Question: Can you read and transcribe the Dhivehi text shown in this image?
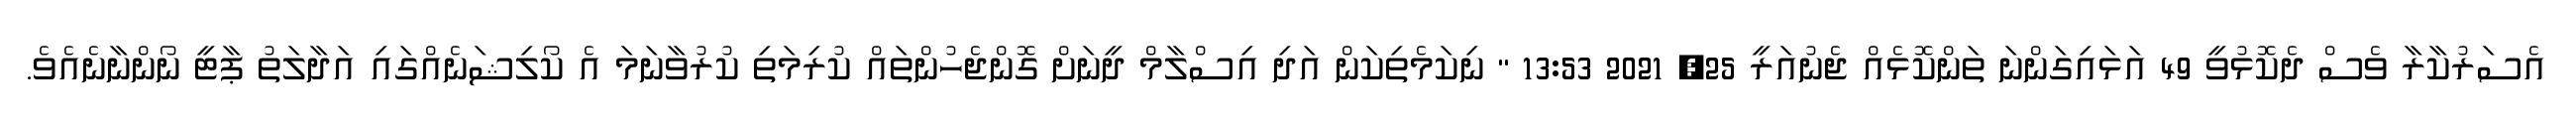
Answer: އެސަރުކާރާ ވެސް ދެކޮޅުވީ 49 އަޅައިގަންނަ ތަންކޮޅެއް ޖެނުއަރީ 25, 2021 13:53 " ނިކަމެތިކަން އަދި އިސްލާމް ދީނަށް ގޮންޖެހުންތައް ކުރިމަތި ކުރުވާނަމަ އެ ކޯލިޝަނެއްގައި އަދާލަތު ޕާޓީ ނޯންނާނެއެވެ.